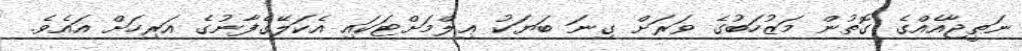
ނަތީޖާއެއްގެ ގޮތުން މަޒުހަބުގެ ވަރަށް ގިނަ ބަޔަކު ޢިލްމަށްޓަކައި އެކަލޭގެފާނުގެ އަރިހަށް އައެވެ.